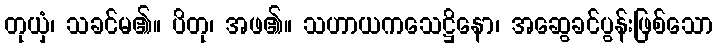
တုယှံ၊ သခင်မ၏။ ပိတု၊ အဖ၏။ သဟာယကသေဋ္ဌိနော၊ အဆွေခင်ပွန်းဖြစ်သော